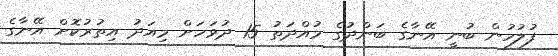
ފުލުހުން ބުނީ އޭނާގެ ބަންދުގެ މުއްދަތު 15 ދުވަހަށް މިއަދު އިތުރުކޮށް އޭނާގެ